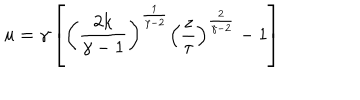
LaTeX: u = \gamma \left[ \left( { \frac { 2 k } { \gamma - 1 } } \right) ^ { \frac { 1 } { \gamma - 2 } } \left( { \frac { z } { \tau } } \right) ^ { \frac { 2 } { \gamma - 2 } } - 1 \right]